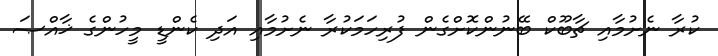
ކުރާ ނެށުމާއި ޗާބޫކް ބޭނުންކޮށްގެން ފުރިހަމަކުރާ ނެށުމާއި އަދި ކެންޑީ މީހުންގެ ޚާއްޞަ